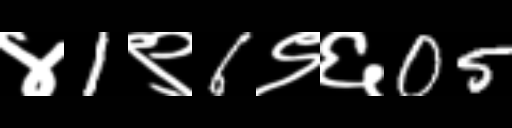
Text: ४1९6९६05